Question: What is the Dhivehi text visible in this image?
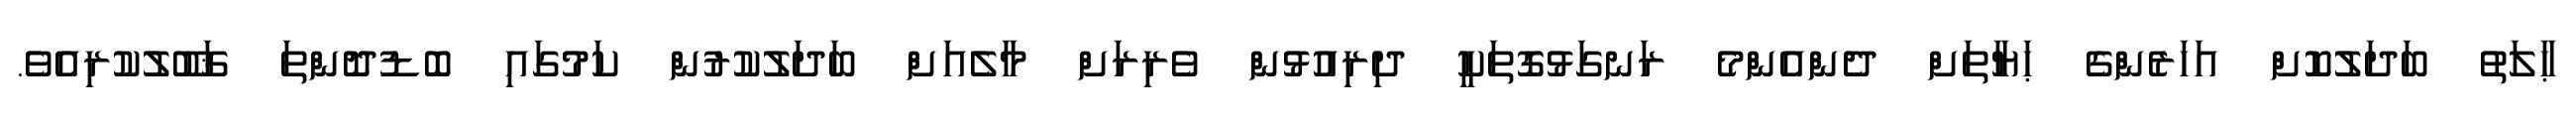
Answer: ޙާލަތު ބަދަލުކޮށް އަހަރެންގެ ޙަޔާތަށް ދެންއެންމެ ރަނގަޅުގޮތަކީ ދިރިއުޅުން ވެރިރަށް މާލެއަށް ބަދަލުކުރުން ކަމުގައި ބޮޑުދޮންތަ ޤަބޫލުކުރިއެވެ.